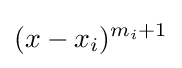
(x-x_{i})^{m_{i}+1}